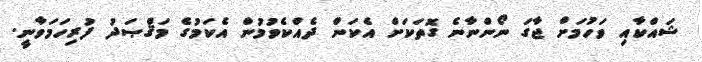
ޝައްކާއި ވަހުމަށް ޖާގަ ނޯންނާނެ ގޮތަކަށް އެކަން ދެއްކެވުމުން އެކަމުގެ މަޤްޞަދު ފުރިހަމަވާނީ.